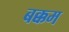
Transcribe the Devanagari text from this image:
बक्कम